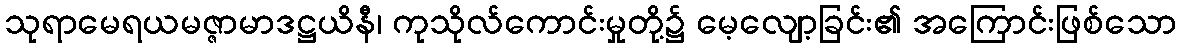
သုရာမေရယမဇ္ဇာမာဒဋ္ဌယိနီ၊ ကုသိုလ်ကောင်းမှုတို့၌ မေ့လျော့ခြင်း၏ အကြောင်းဖြစ်သော